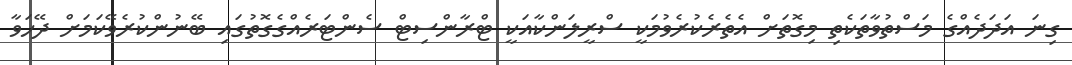
ގިނަ އަދަދެއްގެ މަސްތުވާތަކެތި މިގޮތަށް އެތެރެކުރެވުމަކީ ސްރީލަންކާއަކީ ޓްރާންސިޓް ސެންޓަރެއްގެގޮތުގައި ބޭނުންކުރެވޭކަމަށް ދޭހަވާ